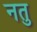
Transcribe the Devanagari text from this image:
नतु